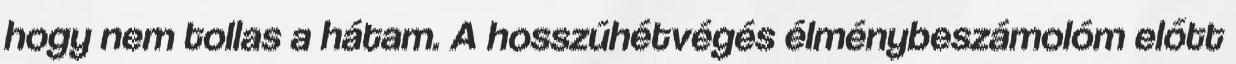
hogy nem tollas a hátam. A hosszúhétvégés élménybeszámolóm előtt